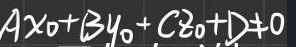
$A x _ { 0 } + B y _ { 0 } + C z _ { 0 } + D \neq 0$